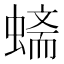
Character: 𲀀